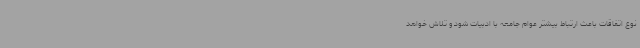
نوع اتفاقات باعث ارتباط بیشتر عوام جامعه با ادبیات شود و تلاش خواهد